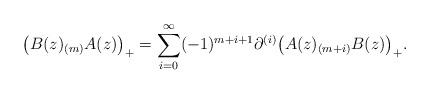
LaTeX: \begin{align*}\bigl(B(z)_{(m)}A(z)\bigr)_+= \sum_{i=0}^\infty(-1)^{m+i+1}\partial^{(i)}\bigl(A(z)_{(m+i)}B(z)\bigr)_+.\end{align*}